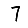
Digit: 7